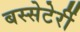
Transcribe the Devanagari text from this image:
बस्सेटेर्री